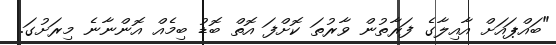
"ބައްޕައަށް އާއިލާގެ ފަރާތުން ވާރުތަ ކޮށްފަ އޮތް ބޮޑު ބިމެއް އޮންނާނެ މިރަށުގަ.